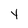
Character: Y